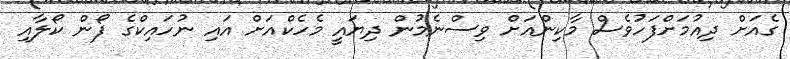
ގެއަށް ދިއުމަށްފަހުވެސް މާކިންއަށް ވިސްނެމުން ދިޔައީ މެހެކްއަށް އައި ނުހައިކްގެ ފޯން ކޯލާއި